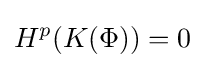
H^{p}(K(\Phi ))=0